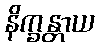
နိက္ခန္တာယ